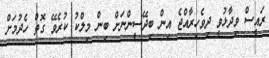
ރައީސް ވިދާޅުވީ ދިވެހިރާއްޖެ އިން ބިދޭސީންނަށް ބިން މިލްކު ކުރެވޭ ގޮތް ހެދުމަށް